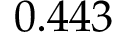
0 . 4 4 3